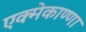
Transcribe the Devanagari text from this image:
एक्मेकाण्णा